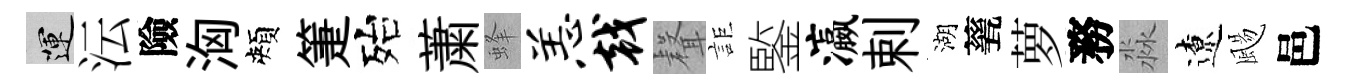
運沄險洶頰箑殆䔥蜂恙戟𮋻詎鍳瀛剌湖甆萝務淼遼颺邑